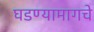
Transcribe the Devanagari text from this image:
घडण्यामागचे